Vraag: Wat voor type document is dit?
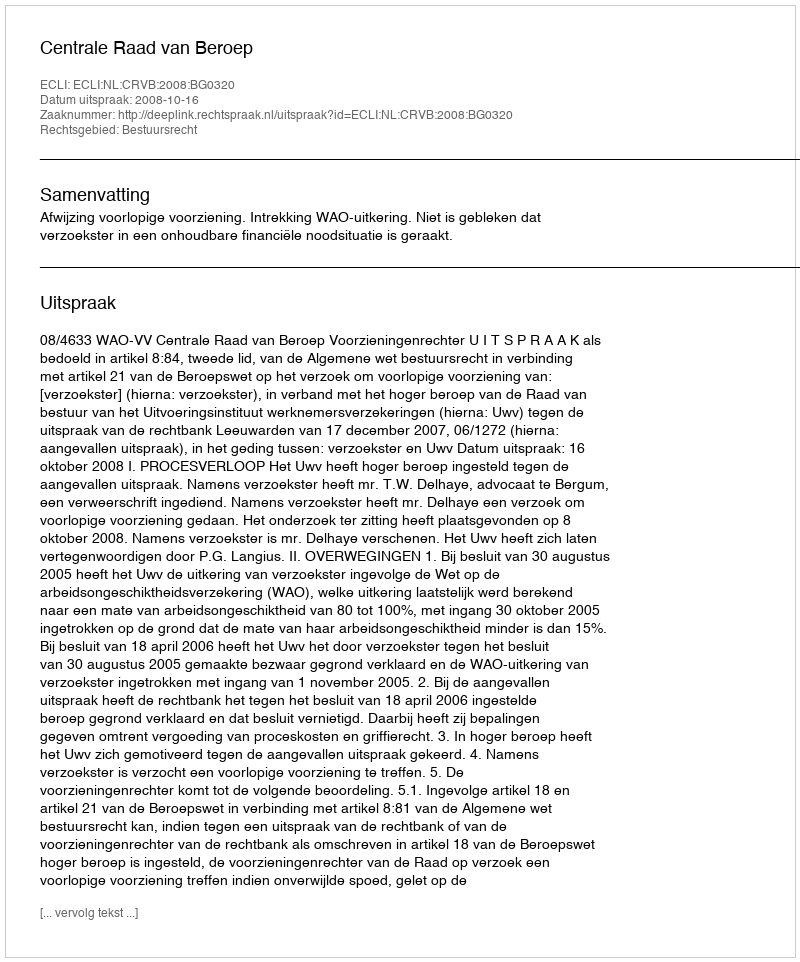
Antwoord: Uitspraak